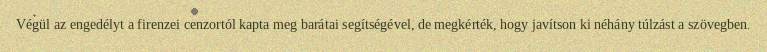
Végül az engedélyt a firenzei cenzortól kapta meg barátai segítségével, de megkérték, hogy javítson ki néhány túlzást a szövegben.